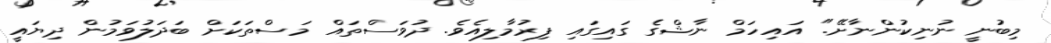
މިބުނީ ނުނިކުންނާށޭ." އައިހަމް ނާޝްގެ ގައިގައި ފިރުމާލިއެވެ. ދުވަސްތައް މަސްތަކަށް ބަދަލުވަމުން ދިޔައީ